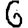
Digit: 6